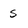
Character: s